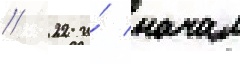
// 22 и́ начал